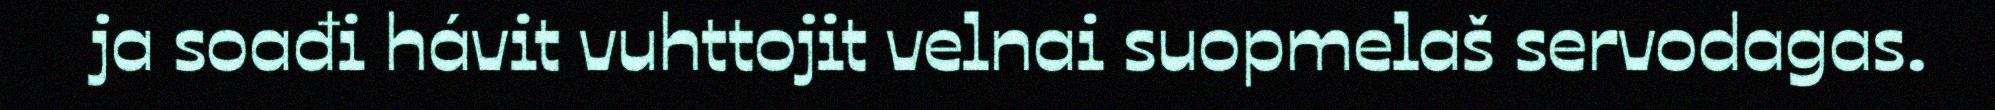
ja soađi hávit vuhttojit velnai suopmelaš servodagas.